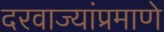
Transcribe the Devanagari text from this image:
दरवाज्यांप्रमाणे